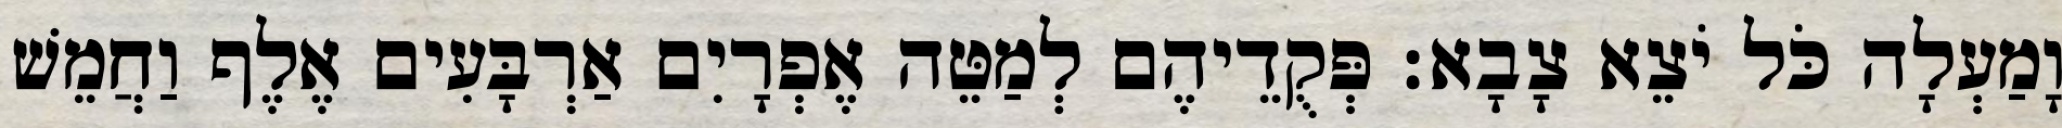
וָמַעְלָה כֹּל יֹצֵא צָבָא׃ פְּקֻדֵיהֶם לְמַטֵּה אֶפְרָיִם אַרְבָּעִים אֶלֶף וַחֲמֵשׁ